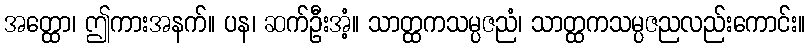
အတ္ထော၊ ဤကားအနက်။ ပန၊ ဆက်ဦးအံ့။ သာတ္ထကသမ္ပဇညံ၊ သာတ္ထကသမ္ပဇညလည်းကောင်း။